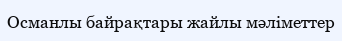
Османлы байрақтары жайлы мәліметтер